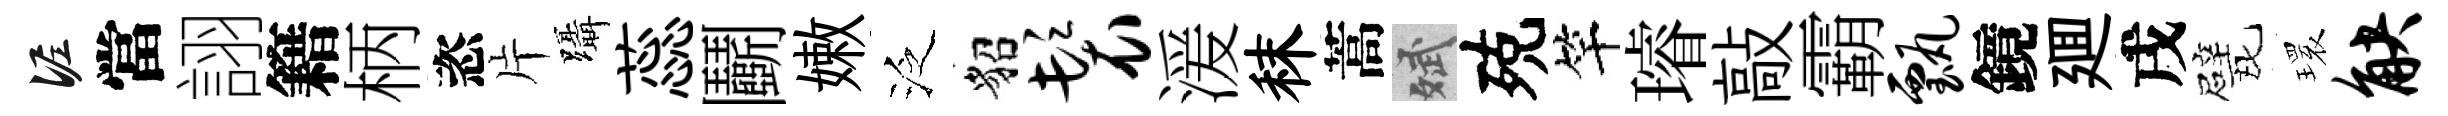
泥當詡籍柄恣片躡蕊鬬嫩泛貂鬟湲秣蒿斌殑竿璿敲霸甄鏡廽戌戏𤨔觖